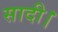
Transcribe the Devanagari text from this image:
सादी।